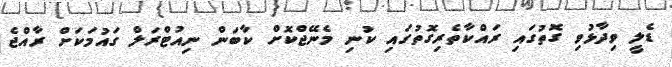
ޑެލީ ވިދާޅުވި ގޮތުގައި ރައްކާތެރިގޮތުގައި ކުނި މެނޭޖްކޮށް ކާބަން ނިއުޓްރަލް ގައުމަކަށް ރާއްޖެ